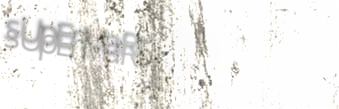
sUpErMaRt